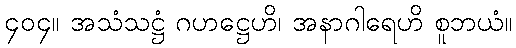
၄၀၄။ အသံသဋ္ဌံ ဂဟဋ္ဌေဟိ၊ အနာဂါရေဟိ စူဘယံ။